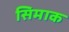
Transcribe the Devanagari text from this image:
सिमाक